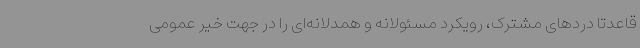
قاعدتاً دردهای مشترک، رویکرد مسئولانه و همدلانه‌ای را در جهت خیر عمومی